Lunatic asylums Madras 1892-1911 - 1892-1911
Year: 1892
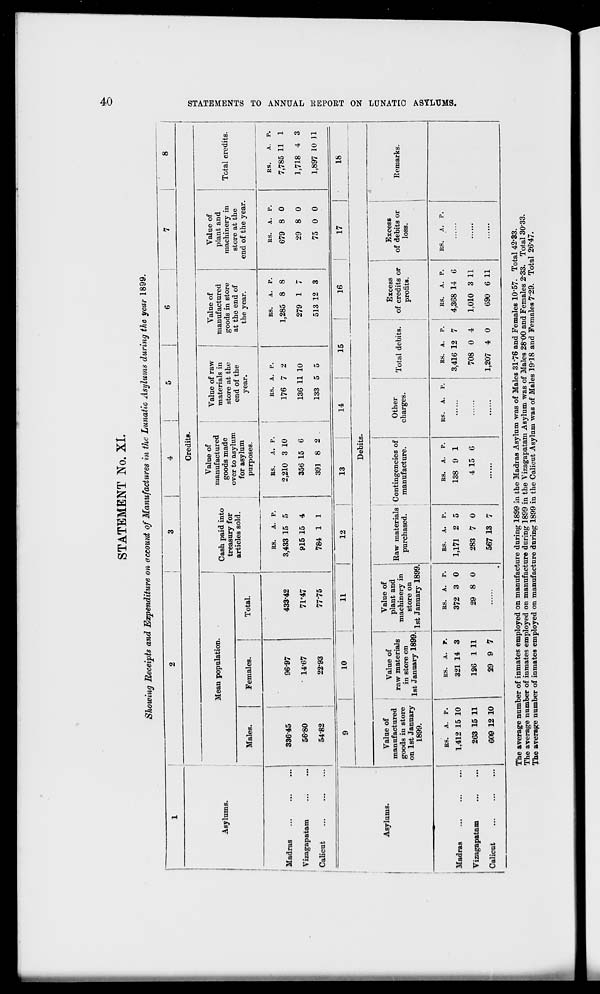
STATEMENT No. XL
o
Asylums.
Madras
\ izagapatam
Calicut
SJwwlng Receipts and Expenditure on account of Manufactures in the Lunatic Asylums during the year 1899.
Credits.
Mean population.
Males.
Females.
Total.
33645
56-80
5482
96-97
14-67
22-93
Cash paid into
treasury for
articles sold.
Value of
manufactured
goods made
over to asylum
for asylum
purposes.
Value of raw
materials in
store at the
end of the
year.
Value of
manufactured
goods in store
at the end of
the year.
Value of
plant and
machinery in
store at the
end of the year.
433-42
77*75
RS.
A. P.
3,433 15 5
915 15 4
784 1 1
RS.
2,210
A. P.
3 10
356 15 6
391 8 2
RS. A. P.
176 7 2
136 11 10
133 5 5
RS.
A. p.
1,285 8 8
279 1 7
513 12 3
RS. A. P.
679 8 0
29 8 0
75 0 0
Total credits.
RS.
A. p.
7,785 11 1
1,718 4 3
1,897 10 11
1-3
K
SS
H-3
cc
t-3
O
>
25
a
tr 1
t=)
o
&J
i-3
O
!2j
C
a
t>
i-3
>
CO
a
00
Asylums.
Madras
Vizagapatam
Calicut
10
11
12
13
14
15
16
17
Debits.
Value of
manufactured
goods in store
on 1st January
1899.
Value of
raw materials
in store on
Value of
plant and
Raw materials Contingencies of
purchased.
1st January 1899, ^ January im \
machinery in
nnmiiaooH
manufacture.
Other
charges.
: Total debits.
Excess
of credits or
profits.
Excess
of debits or
loss.
RS.
A. P.
1,412 15 10
263 15 11
609 12 10
RS. A. P.
321 14 3
126 1 11
29 9 7
RS. A. P.
372 3 0
29 8 0
RS.
A. P.
1,171 2 5
283
0
567 13 7
RS. A. P.
138 9 1
4 15 6
RS. A. P.
RS. A.
P.
3,416 12 7
708 0 4
1,207 4 0
RS.
A. P.
4,368 14 6
1,010 3 11
690 6 11
RS.
The average number of inmates employed on manufacture during 1899 in the Madras Asylum was of Males 31 - 76 and Females 10'57. Total 42*83.
The average number of inmates employed on manufacture during 1899 in the Vizagapatani Asylum was of Males 28-00 and Females 2'33. Total 30-33.
The average number of inmates employed on manufacture during 1899 in the Calicut Asylum was of Males 19'18 and Females 7'29. Total 26*47.
18
Remarks.